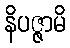
နိပဇ္ဇာမိ